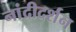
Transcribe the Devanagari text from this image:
नांदीदर्शन